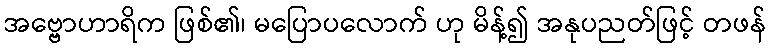
အဗ္ဗောဟာရိက ဖြစ်၏၊ မပြောပလောက် ဟု မိန့်၍ အနုပညတ်ဖြင့် တဖန်